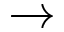
\rightarrow